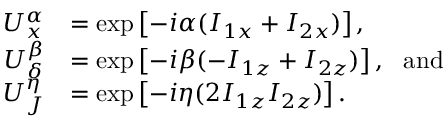
\begin{array} { r l } { U _ { x } ^ { \alpha } } & { = \exp \left[ - i \alpha ( I _ { 1 x } + I _ { 2 x } ) \right] , } \\ { U _ { \delta } ^ { \beta } } & { = \exp \left[ - i \beta ( - I _ { 1 z } + I _ { 2 z } ) \right] , ~ ~ \mathrm { a n d } } \\ { U _ { J } ^ { \eta } } & { = \exp \left[ - i \eta ( 2 I _ { 1 z } I _ { 2 z } ) \right] . } \end{array}